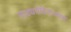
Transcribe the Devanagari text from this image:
नाट्यमंदिराजवळ